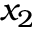
x _ { 2 }